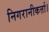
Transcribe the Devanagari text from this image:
निगरानीकर्त्ता।